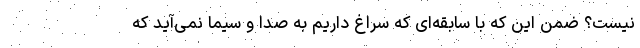
نیست؟ ضمن این که با سابقه‌ای که سراغ داریم به صدا و سیما نمی‌آید که